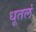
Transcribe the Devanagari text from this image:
धूतलं